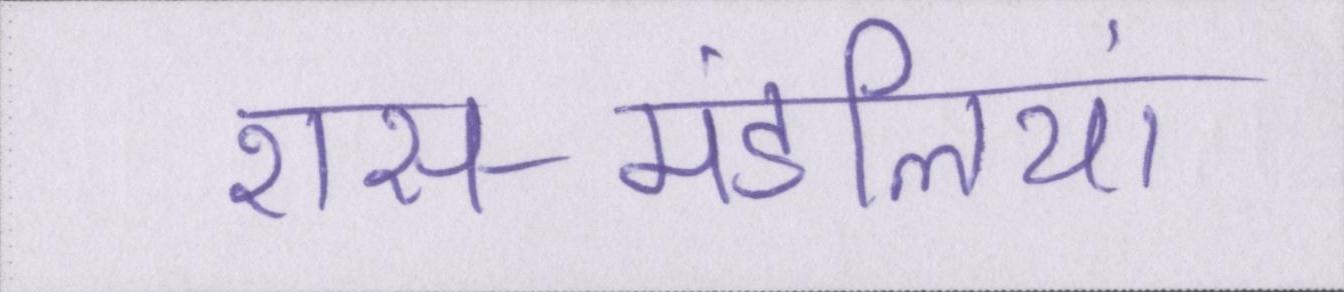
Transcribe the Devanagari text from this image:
रास-मंडलियां